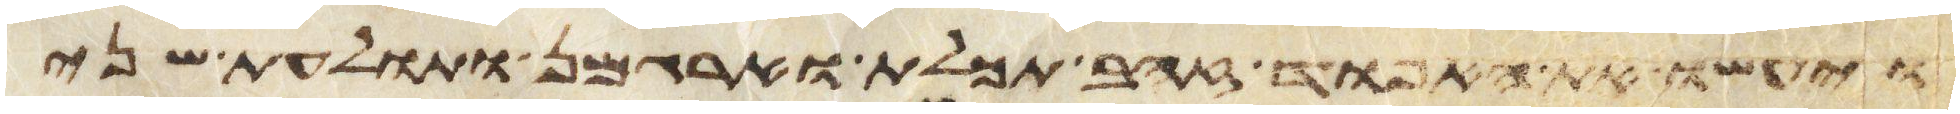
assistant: ויעשו את האפוד זהב תכלת וארגמן ותולעת שני